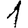
Digit: 1